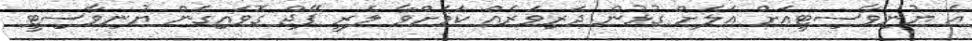
އެ ޔުނިވާސިޓީއަށް އަލަށް ގުޅުން ދަރިވަރެއް ކަމަށްވާ ލެރީ ޕޭޖް ގޮވައިގެން ޔުނިވާސިޓީ